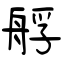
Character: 艀